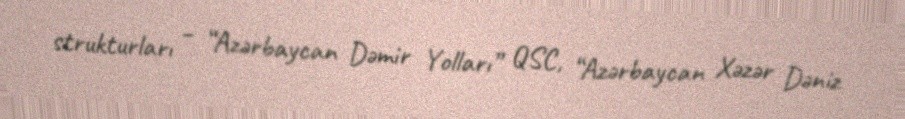
strukturları – “Azərbaycan Dəmir Yolları” QSC, “Azərbaycan Xəzər Dəniz